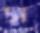
স